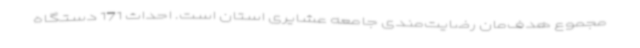
مجموع هدف‌مان رضایت‌مندی جامعه عشایری استان است. احداث 171 دستگاه